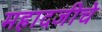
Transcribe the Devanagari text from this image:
महादजीचे